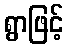
ရွာဖြင့်